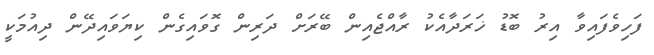
ފަހިވެފައިވާ އިރު ބޮޑު ޚަރަދާއެކު ރާއްޖެއިން ބޭރަށް ދަރިން ގޮވައިގެން ކިޔަވައިދޭން ދިއުމަކީ